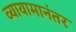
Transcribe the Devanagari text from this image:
व्यायामानंतर